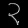
Digit: ၃